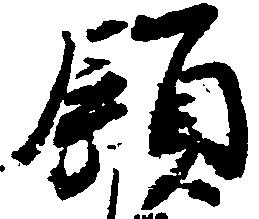
領